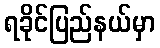
ရခိုင်ပြည်နယ်မှာ